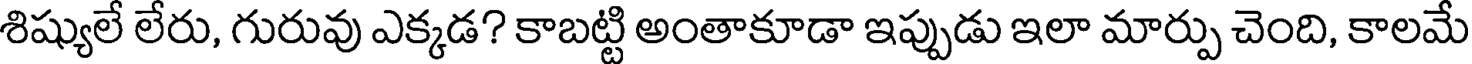
శిష్యులే లేరు, గురువు ఎక్కడ? కాబట్టి అంతాకూడా ఇప్పుడు ఇలా మార్పు చెంది, కాలమే